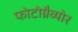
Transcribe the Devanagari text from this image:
फोटोग्रैव्योर